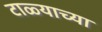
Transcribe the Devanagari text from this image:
टाळ्याच्या